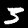
Digit: 3